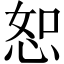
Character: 恕